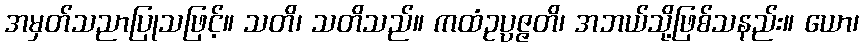
အမှတ်သညာပြုသဖြင့်။ သတိ၊ သတိသည်။ ကထံဥပ္ပဇ္ဇတိ၊ အဘယ်သို့ဖြစ်သနည်း။ ယော၊